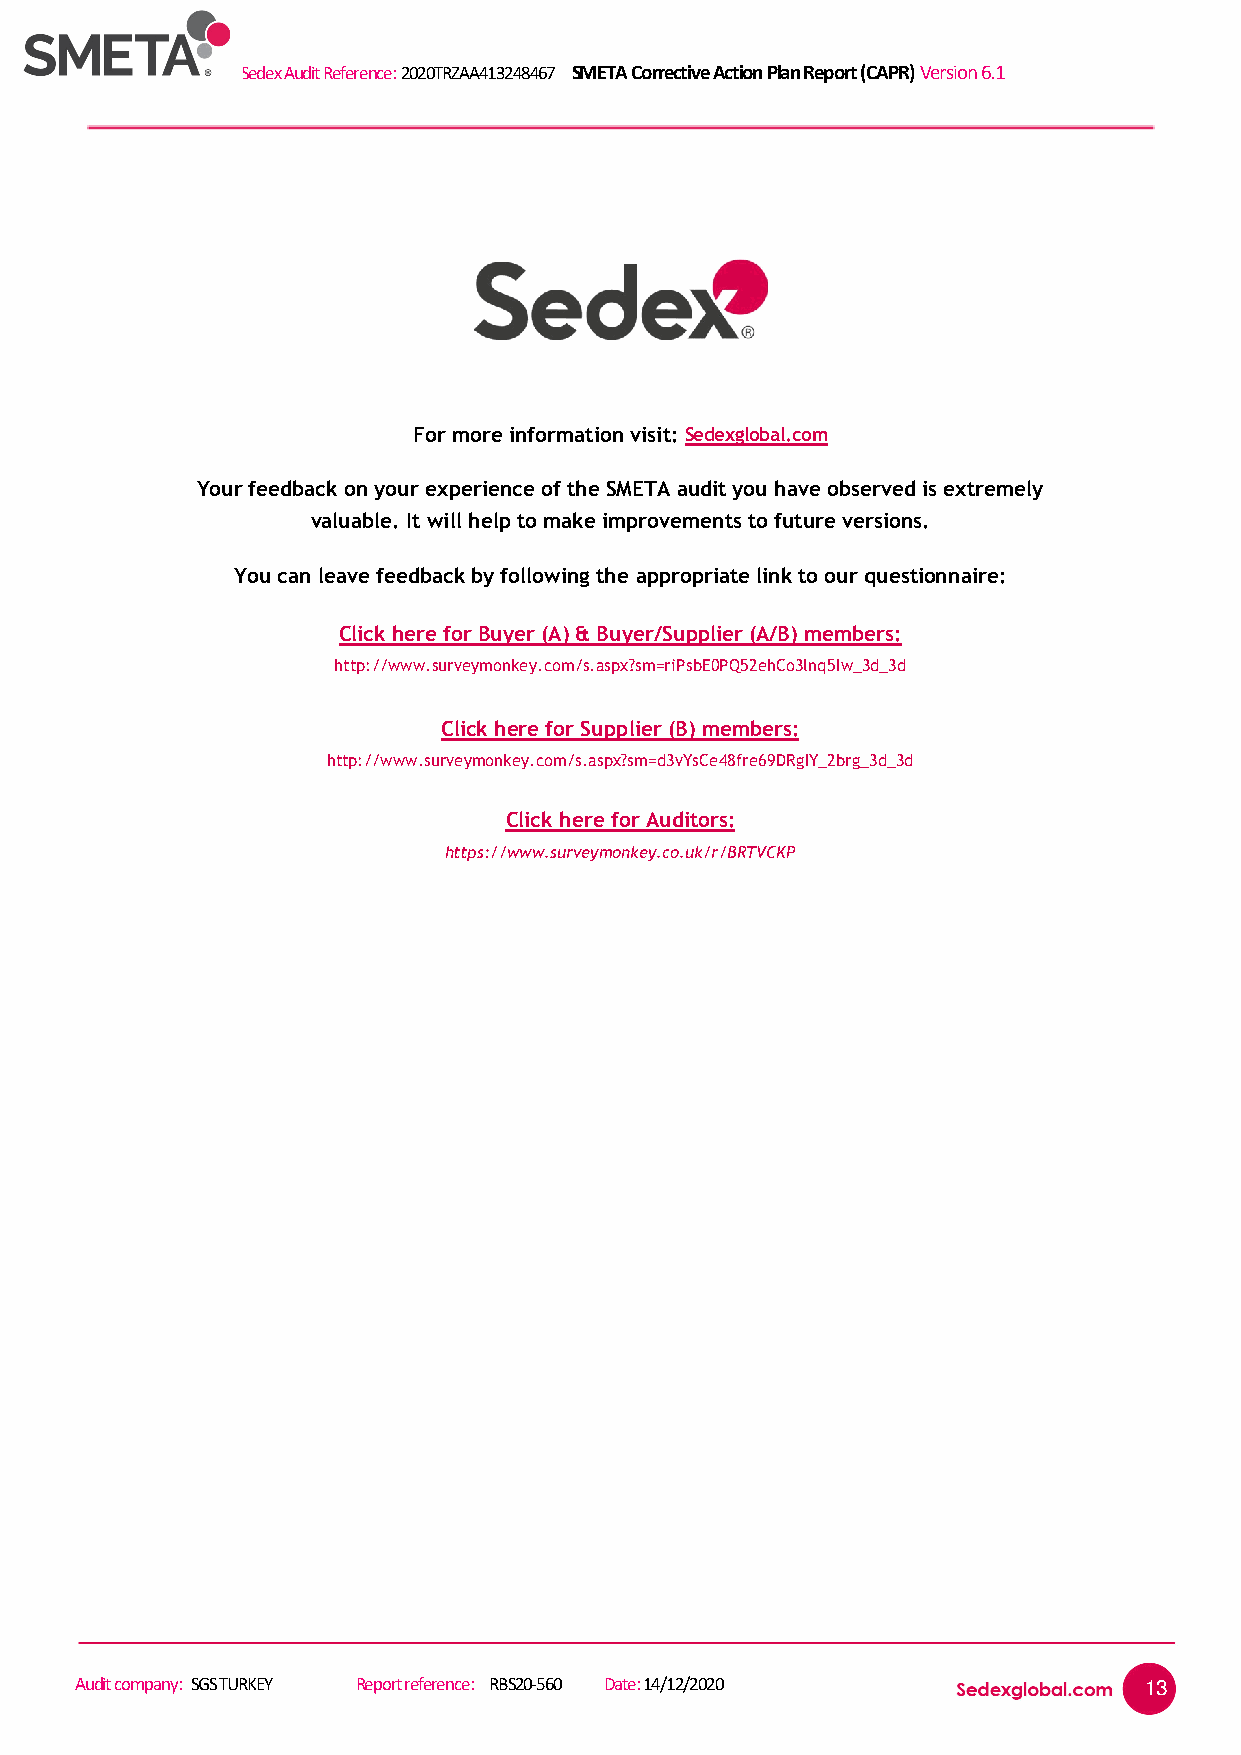
Sedex Audit Reference: 2020TRZAA413248467 SMETA Corrective Action Plan Report (CAPR) Version 6.1
 For more information visit: Sedexglobal.com
 Your feedback on your experience of the SMETA audit you have observed is extremely
 valuable. It will help to make improvements to future versions.
 You can leave feedback by following the appropriate link to our questionnaire:
 Click here for Buyer (A) & Buyer/Supplier (A/B) members:
 http://www.surveymonkey.com/s.aspx?sm=riPsbE0PQ52ehCo3lnq5Iw_3d_3d
 Click here for Supplier (B) members:
 http://www.surveymonkey.com/s.aspx?sm=d3vYsCe48fre69DRgIY_2brg_3d_3d
 Click here for Auditors:
 https://www.surveymonkey.co.uk/r/BRTVCKP
 Audit company: SGS TURKEY Report reference: RBS20-560 Date: 14/12/2020 13